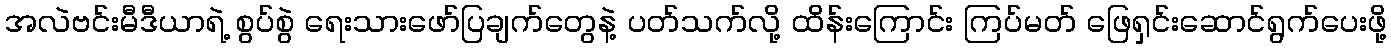
အလဲဗင်းမီဒီယာရဲ့ စွပ်စွဲ ရေးသားဖော်ပြချက်တွေနဲ့ ပတ်သက်လို့ ထိန်းကြောင်း ကြပ်မတ် ဖြေရှင်းဆောင်ရွက်ပေးဖို့